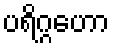
ပရိဂ္ဂဟော